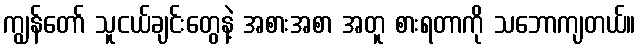
ကျွန်တော် သူငယ်ချင်းတွေနဲ့ အစားအစာ အတူ စားရတာကို သဘောကျတယ်။